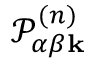
\mathcal { P } _ { \alpha \beta \mathbf { k } } ^ { ( n ) }